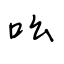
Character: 吆